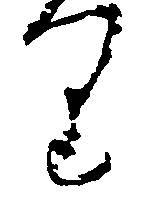
り